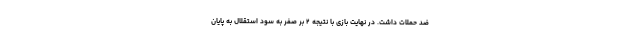
ضد حملات داشت. در نهایت بازی با نتیجه ۲ بر صفر به سود استقلال به پایان